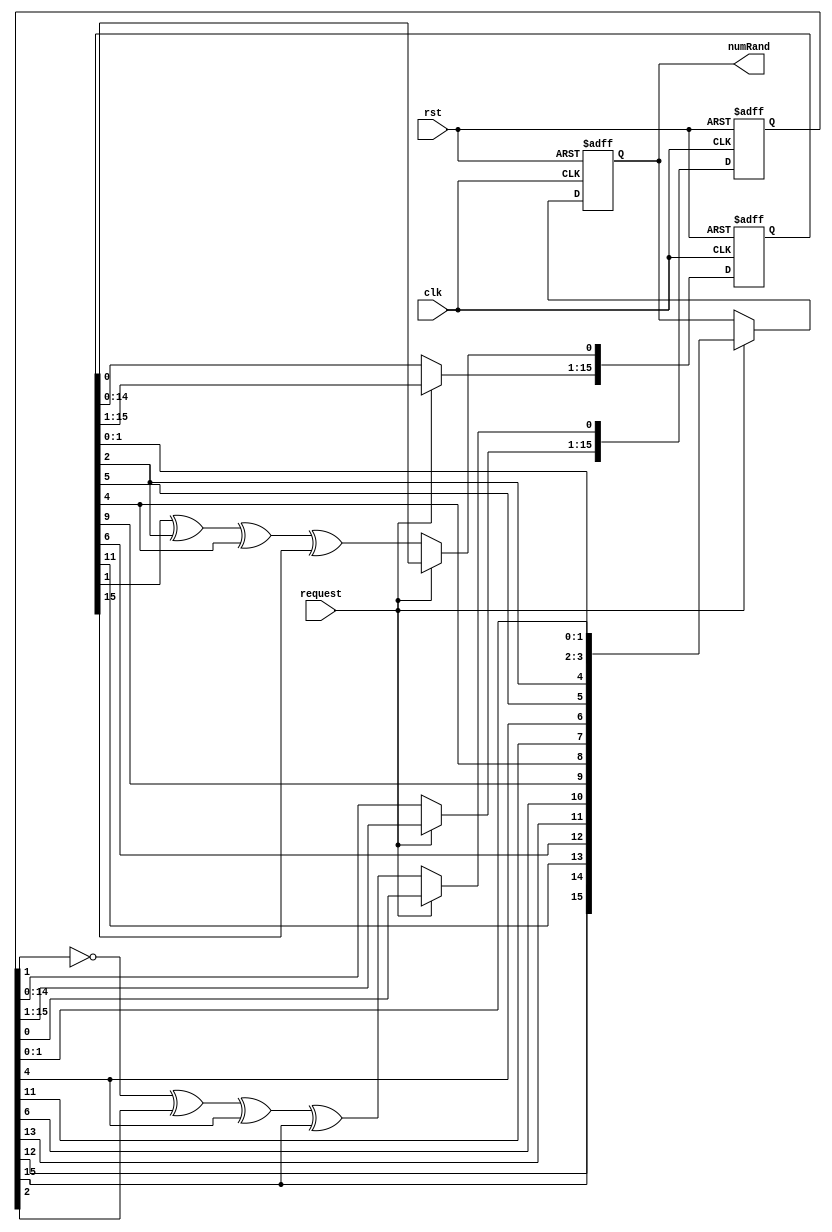
// Binh Doan
// ECE 5440
// Module: randomGenerator
// inputs: request, clk, rst
// Outputs: numRand
// Description: generate a 4-bit random number from a 32-bit LFSR sequence

module randomGenerator(request, clk, rst, numRand);
	input clk, rst, request;
	output reg[15:0] numRand;
	reg [15:0] LFSR1, LFSR2;
	wire [15:0] num;
	
	always @(posedge clk, negedge rst)
	begin
		if(rst == 0)
		begin
			LFSR1 	<= 16'hFFFF;
			LFSR2	<= 16'h0000;
			numRand <= 4'd0;
		end
		else 
		if(request)
		begin
			numRand <= num;
		end
		else
		begin
			LFSR1[0] <= LFSR1[1] ^ LFSR1[2] ^ LFSR1[4] ^ LFSR1[15];
			LFSR1[15:1] <= LFSR1[14:0];

			LFSR2[0] <= ~LFSR2[1] ^ LFSR2[2] ^ LFSR2[4] ^ LFSR2[15];
    			LFSR2[15:1] <= LFSR2[14:0];
		end
	end

	assign num[0] = LFSR1[0];assign num[1] = LFSR1[1];assign num[2] = LFSR2[0];assign num[3] = LFSR2[1];
	assign num[4] = LFSR1[2];assign num[5] = LFSR1[5];assign num[6] = LFSR2[4];assign num[7] = LFSR2[11];
	assign num[8] = LFSR1[4];assign num[9] = LFSR1[9];assign num[10] = LFSR2[6];assign num[11] = LFSR2[13];
	assign num[12] = LFSR1[6];assign num[13] = LFSR1[11];assign num[14] = LFSR2[12];assign num[15] = LFSR2[15];
endmodule